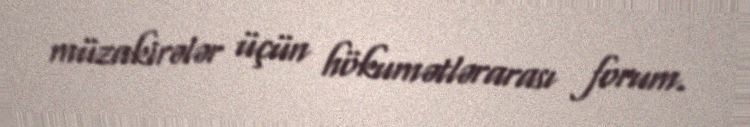
müzakirələr üçün hökumətlərarası forum.